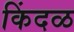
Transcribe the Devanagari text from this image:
किंदळ